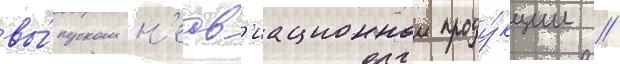
вы́пуском н'еав'иационнои проду́кции //